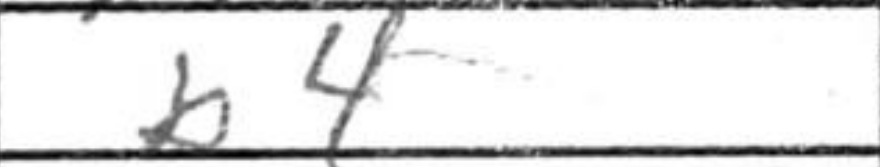
Transcription: b4